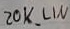
Text: 20K_LIN